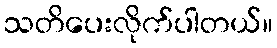
သတိပေးလိုက်ပါတယ်။